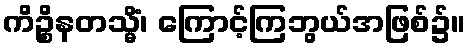
ကိဉ္စိနတသ္မိံ၊ ကြောင့်ကြဘွယ်အဖြစ်၌။